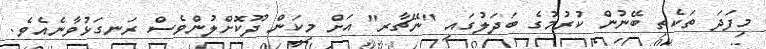
މިފަދަ ތަކެތި ބޭނުން ކުރުމުގެ ބަދަލުގައި "ނޭޗާރ" އަށް މިކަން ދޫކޮށްލުންވެސް ރަނގަޅުވާނެއެވެ.